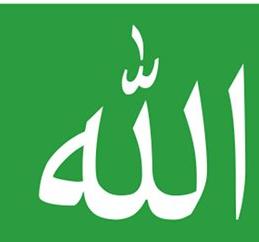
الله